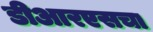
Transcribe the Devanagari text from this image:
डीआरएसचा